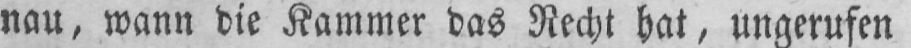
nau, wann die Kammer das Recht hat, ungerufen